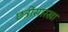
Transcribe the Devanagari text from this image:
छत्रीसारखा